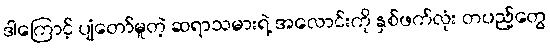
ဒါကြောင့် ပျံတော်မူတဲ့ ဆရာသမားရဲ့ အလောင်းကို နှစ်ဖက်လုံး တပည့်တွေ